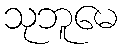
သုဘူမေ